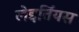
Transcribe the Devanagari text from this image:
लेइर्तिंयस